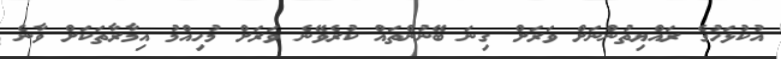
އުކުޅަހުގެ ރައްޔިތުންނަށް ވަރަށް ގިނަ ބޭނުންތައް ކުރެވޭނެ ވަރަށް މުހިއްމު އިމާރާތަކަށް ވާނެ